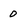
Character: 0